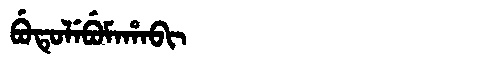
Manchu: ᠪᡠᡨᡠᠯᡝᠪᡠᠮᠠᡥᠠᠪᡳ
Romanization: BUTULEBUMAHABI